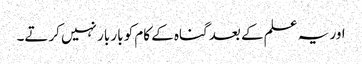
اور یہ علم کے بعد گناہ کے کام کو بار بار نہیں کرتے۔